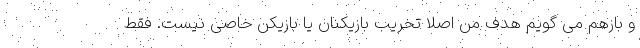
و بازهم می گویم هدف من اصلا تخریب بازیکنان یا بازیکن خاصی نیست. فقط